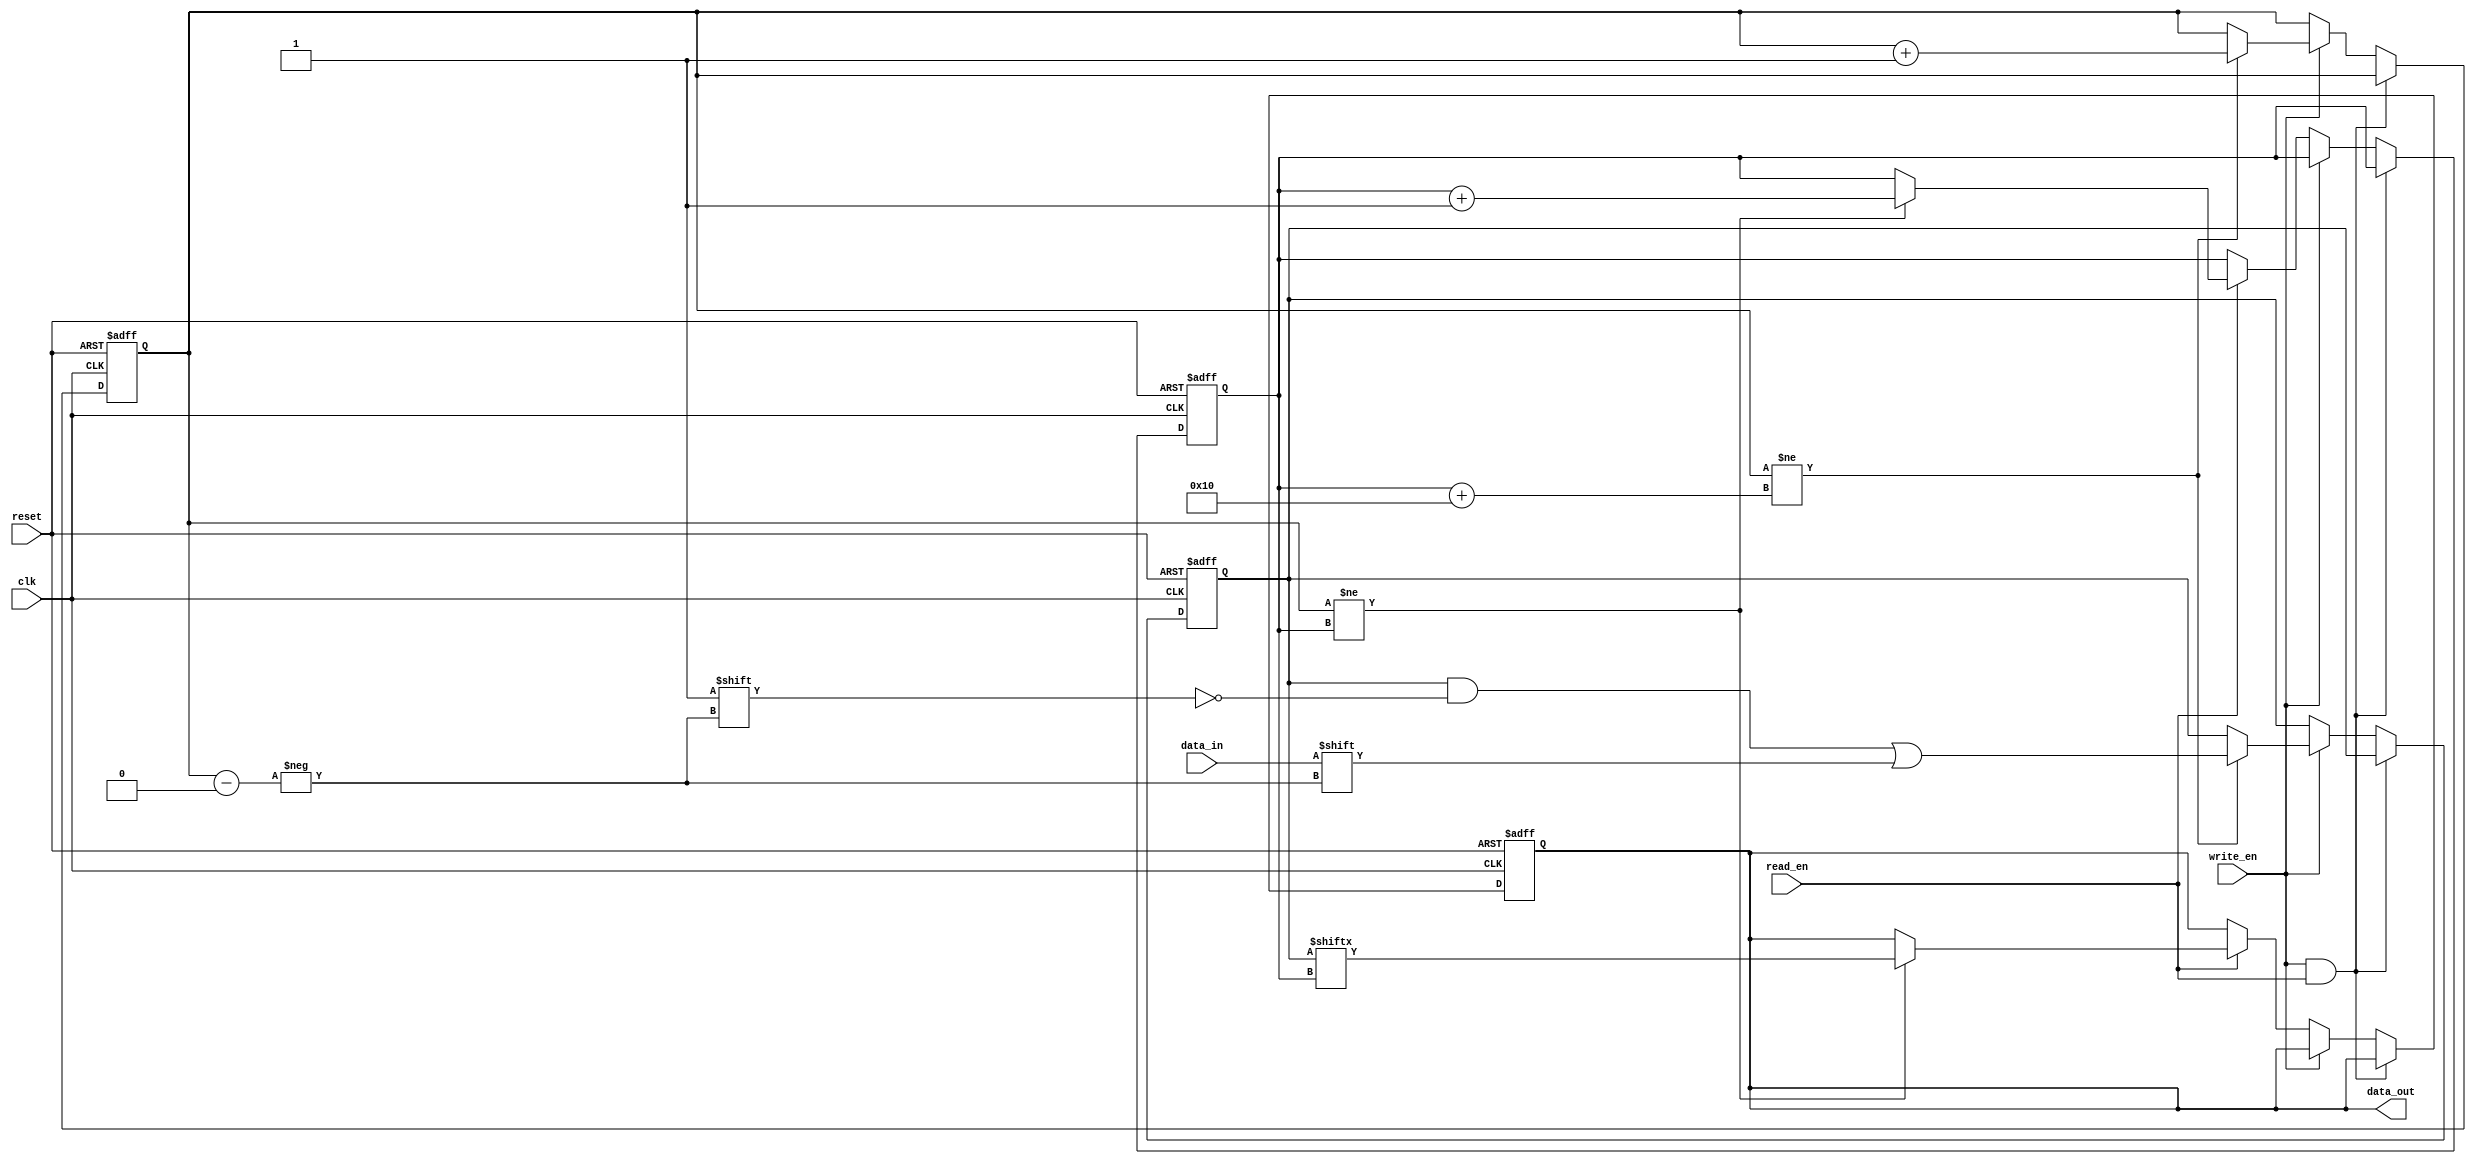
module bidirectional_fifo (
  input wire clk,
  input wire reset,
  input wire write_en,
  input wire read_en,
  input wire data_in,
  output reg data_out
);

parameter DEPTH = 16; // Depth of the FIFO

reg [DEPTH-1:0] fifo_mem;
reg [4:0] write_ptr;
reg [4:0] read_ptr;

always @(posedge clk or posedge reset) begin
  if (reset) begin
    write_ptr <= 0;
    read_ptr <= 0;
    fifo_mem <= 0;
    data_out <= 0;
  end else begin
    if (write_en && read_en) begin
      // simultaneous read and write not allowed
    end else if (write_en) begin
      if (write_ptr != read_ptr + DEPTH) begin
        fifo_mem[write_ptr] <= data_in;
        write_ptr <= write_ptr + 1;
      end else begin
        // handle overflow condition
      end
    end else if (read_en) begin
      if (write_ptr != read_ptr) begin
        data_out <= fifo_mem[read_ptr];
        read_ptr <= read_ptr + 1;
      end else begin
        // handle underflow condition
      end
    end
  end
end

endmodule